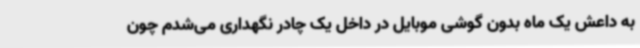
به داعش یک ماه بدون گوشی موبایل در داخل یک چادر نگهداری می‌شدم چون